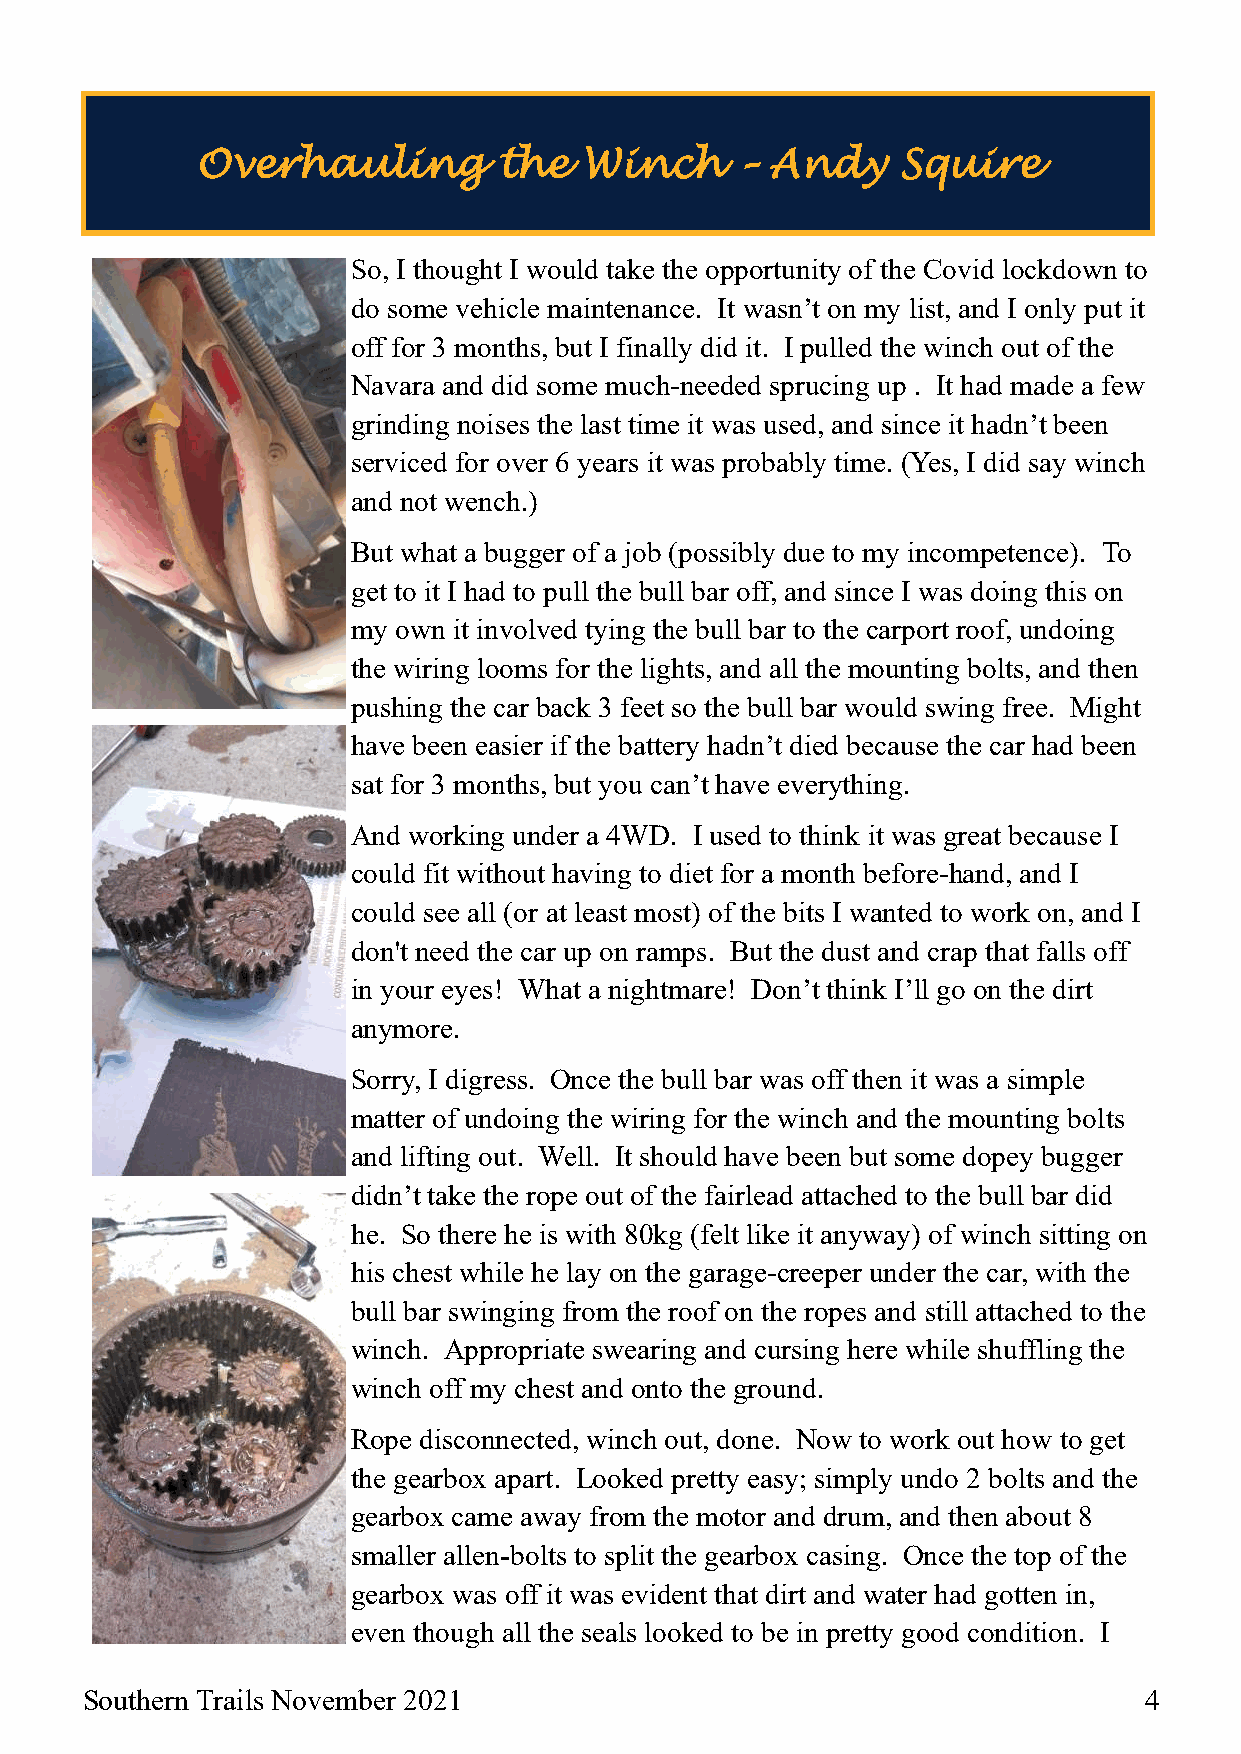
Overhauling         the   Winch     – Andy     Squire
 So, I thought I would take the opportunity of the Covid lockdown to
 do some vehicle maintenance. It wasn’t on my list, and I only put it
 off for 3 months, but I finally did it. I pulled the winch out of the
 Navara and did some much-needed sprucing up . It had made a few
 grinding noises the last time it was used, and since it hadn’t been
 serviced for over 6 years it was probably time. (Yes, I did say winch
 and not wench.)
 But what a bugger of a job (possibly due to my incompetence). To
 get to it I had to pull the bull bar off, and since I was doing this on
 my own it involved tying the bull bar to the carport roof, undoing
 the wiring looms for the lights, and all the mounting bolts, and then
 pushing the car back 3 feet so the bull bar would swing free. Might
 have been easier if the battery hadn’t died because the car had been
 sat for 3 months, but you can’t have everything.
 And working under a 4WD. I used to think it was great because I
 could fit without having to diet for a month before-hand, and I
 could see all (or at least most) of the bits I wanted to work on, and I
 don't need the car up on ramps. But the dust and crap that falls off
 in your eyes! What a nightmare! Don’t think I’ll go on the dirt
 anymore.
 Sorry, I digress. Once the bull bar was off then it was a simple
 matter of undoing the wiring for the winch and the mounting bolts
 and lifting out. Well. It should have been but some dopey bugger
 didn’t take the rope out of the fairlead attached to the bull bar did
 he. So there he is with 80kg (felt like it anyway) of winch sitting on
 his chest while he lay on the garage-creeper under the car, with the
 bull bar swinging from the roof on the ropes and still attached to the
 winch. Appropriate swearing and cursing here while shuffling the
 winch off my chest and onto the ground.
 Rope disconnected, winch out, done. Now to work out how to get
 the gearbox apart. Looked pretty easy; simply undo 2 bolts and the
 gearbox came away from the motor and drum, and then about 8
 smaller allen‑bolts to split the gearbox casing. Once the top of the
 gearbox was off it was evident that dirt and water had gotten in,
 even though all the seals looked to be in pretty good condition. I
 Southern Trails November 2021                                          4